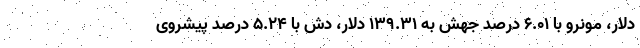
دلار، مونرو با ۶.۰۱ درصد جهش به ۱۳۹.۳۱ دلار، دش با ۵.۲۴ درصد پیشروی